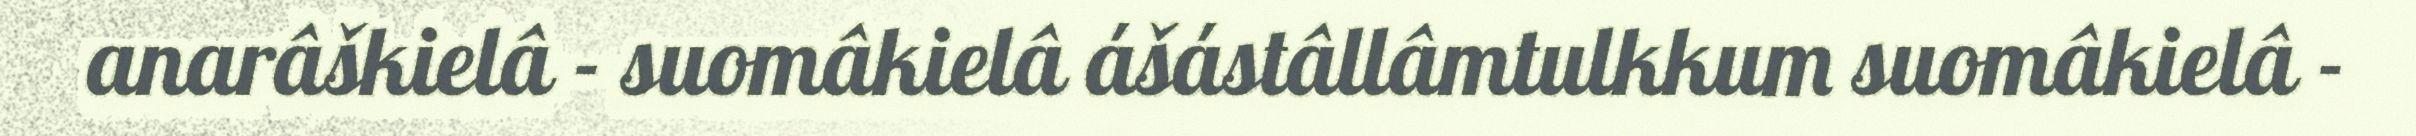
anarâškielâ - suomâkielâ ášástâllâmtulkkum suomâkielâ -